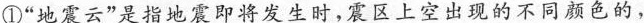
①”地震云”是指地震即将发生时，震区上空出现的不同颜色的，